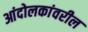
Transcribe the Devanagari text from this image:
आंदोलकांवरील